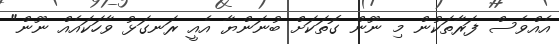
އެއްވެސް ފަރާތަކުން މި ނޫން ގޮތަކަށް ބުނަންޔާ އެއީ ރަނގަޅު ވާހަކައެއް ނޫން"